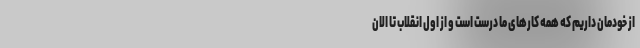
از خودمان داریم که همه کارهای ما درست است و از اول انقلاب تا الان